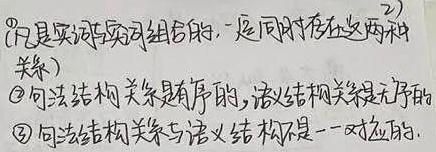
(凡是实词与实词组合的，一定同时存在这两种
关系)
\textcircled{1}句法结构关系是有序的，语义结构关系是无序的。
\textcircled{2}句法结构关系与语义结构不是一一对应的。